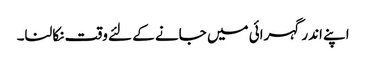
اپنے اندر گہرائی میں جانے کے لئے وقت نکالنا۔